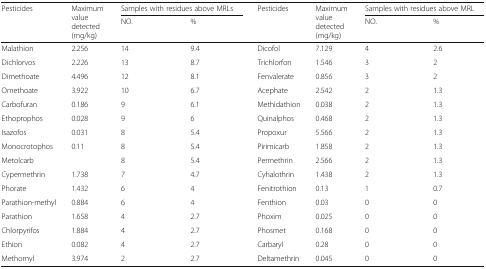
<table><thead><tr><td rowspan="2"><b>Pesticides</b></td><td rowspan="2"><b>Maximum value detected (mg/kg)</b></td><td colspan="2"><b>Samples with residues above MRLs</b></td><td rowspan="2"><b>Pesticides</b></td><td rowspan="2"><b>Maximum value detected (mg/kg)</b></td><td colspan="2"><b>Samples with residues above MRL</b></td></tr><tr><td><b>NO.</b></td><td><b>%</b></td><td><b>NO.</b></td><td><b>%</b></td></tr></thead><tbody><tr><td>Malathion</td><td>2.256</td><td>14</td><td>9.4</td><td>Dicofol</td><td>7.129</td><td>4</td><td>2.6</td></tr><tr><td>Dichlorvos</td><td>2.226</td><td>13</td><td>8.7</td><td>Trichlorfon</td><td>1.546</td><td>3</td><td>2</td></tr><tr><td>Dimethoate</td><td>4.496</td><td>12</td><td>8.1</td><td>Fenvalerate</td><td>0.856</td><td>3</td><td>2</td></tr><tr><td>Omethoate</td><td>3.922</td><td>10</td><td>6.7</td><td>Acephate</td><td>2.542</td><td>2</td><td>1.3</td></tr><tr><td>Carbofuran</td><td>0.186</td><td>9</td><td>6.1</td><td>Methidathion</td><td>0.038</td><td>2</td><td>1.3</td></tr><tr><td>Ethoprophos</td><td>0.028</td><td>9</td><td>6</td><td>Quinalphos</td><td>0.468</td><td>2</td><td>1.3</td></tr><tr><td>Isazofos</td><td>0.031</td><td>8</td><td>5.4</td><td>Propoxur</td><td>5.566</td><td>2</td><td>1.3</td></tr><tr><td>Monocrotophos</td><td>0.11</td><td>8</td><td>5.4</td><td>Pirimicarb</td><td>1.858</td><td>2</td><td>1.3</td></tr><tr><td>Metolcarb</td><td></td><td>8</td><td>5.4</td><td>Permethrin</td><td>2.566</td><td>2</td><td>1.3</td></tr><tr><td>Cypermethrin</td><td>1.738</td><td>7</td><td>4.7</td><td>Cyhalothrin</td><td>1.438</td><td>2</td><td>1.3</td></tr><tr><td>Phorate</td><td>1.432</td><td>6</td><td>4</td><td>Fenitrothion</td><td>0.13</td><td>1</td><td>0.7</td></tr><tr><td>Parathion-methyl</td><td>0.884</td><td>6</td><td>4</td><td>Fenthion</td><td>0.03</td><td>0</td><td>0</td></tr><tr><td>Parathion</td><td>1.658</td><td>4</td><td>2.7</td><td>Phoxim</td><td>0.025</td><td>0</td><td>0</td></tr><tr><td>Chlorpyrifos</td><td>1.884</td><td>4</td><td>2.7</td><td>Phosmet</td><td>0.168</td><td>0</td><td>0</td></tr><tr><td>Ethion</td><td>0.082</td><td>4</td><td>2.7</td><td>Carbaryl</td><td>0.28</td><td>0</td><td>0</td></tr><tr><td>Methomyl</td><td>3.974</td><td>2</td><td>2.7</td><td>Deltamethrin</td><td>0.045</td><td>0</td><td>0</td></tr></tbody></table>